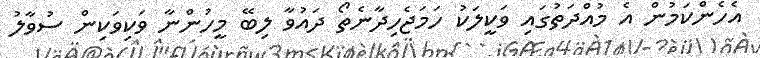
އެހެންކަމުން އެ މުއްދަތުގައި ވަކީލަކު ހަމަޖެހިދާނެތޯ ދައުވާ ލިބޭ މީހުންނާ ވަކިވަކިން ސުވާލު